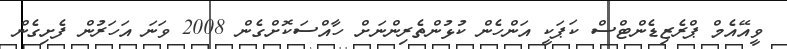
ވީއޭއެމް ޕްރެޒިޑެންޓްސް ކަޕަކީ އަންހެން ކުޅުންތެރިންނަށް ހާއްސަކޮށްގެން 2008 ވަނަ އަހަރުން ފެށިގެން